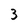
Character: 3